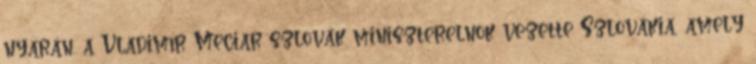
nyarán, a Vladimír Meciar szlovák miniszterelnök vezette Szlovákia, amely